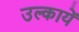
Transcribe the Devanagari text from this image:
उल्कायें